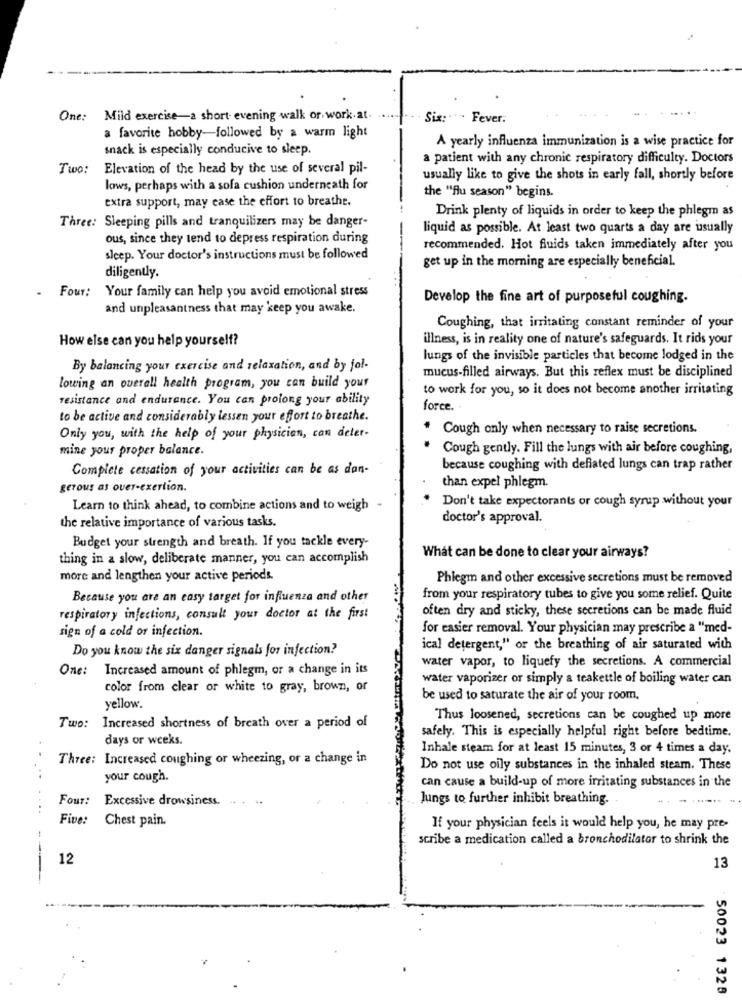
One: Mild exercise-a short- evening walk or work.at.
Six: ···· Fever.
a favorite hobby-followed by a warm light
A yearly influenza immunization is a wise practice for
snack is especially conducive to sleep.
a patient with any chronic respiratory difficulty. Doctors
Two:
Elevation of the head by the use of several pil-
usually like to give the shots in early fall, shortly before
lows, perhaps with a sofa cushion underneath for
the "flu season" begins.
extra support, may case the effort to breathe.
Three: Sleeping pills and tranquilizers may be danger-
Drink plenty of liquids in order to keep the phlegm as
liquid as possible. At least two quarts a day are usually
ous, since they tend to depress respiration during
recommended. Hot fluids taken immediately after you
Sleep. Your doctor's instructions must be followed
get up in the morning are especially beneficial.
diligently.
Four: Your family can help you avoid emotional stress
.
Develop the fine art of purposeful coughing.
and unpleasantness that may keep you awake.
Coughing, that irritating constant reminder of your
How else can you help yourself?
illness, is in reality one of nature's safeguards. It rids your
lungs of the invisible particles that become lodged in the
By balancing your exercise and relaxation, and by fol-
mucus-filled airways. But this reflex must be disciplined
lowing an overall health program, you can build your
to work for you, so it does not become another irritating
resistance and endurance. You can prolong your ability
force.
to be active and considerably lessen your effort to breathe.
Cough only when necessary to raise secretions.
Only you, with the help of your physician, can deter-
mine your proper balance.
* Cough gently. Fill the lungs with air before coughing,
Complete cessation of your activities can be as dan-
because coughing with deflated lungs can trap rather
gerous as over-exertion.
than expel phlegm.
Don't take expectorants or cough syrup without your
Learn to think ahead, to combine actions and to weigh
doctor's approval.
the relative importance of various tasks.
Budget your strength and breath. If you tackle every-
thing in a slow, deliberate manner, you can accomplish
What can be done to clear your airways?
more and lengthen your active periods.
Phlegm and other excessive secretions must be removed
Because you are an easy target for influenza and other
from your respiratory tubes to give you some relief. Quite
often dry and sticky, these secretions can be made fluid
respiratory infections, consult your doctor at the first
sign of a cold or infection.
for easier removal. Your physician may prescribe a "med-
Do you know the six danger signals for infection?
ical detergent," or the breathing of air saturated with
water vapor, to liquefy the secretions. A commercial
One: Increased amount of phlegm, or a change in its
water vaporizer or simply a teakettle of boiling water can
color from clear or white to gray, brown, or
be used to saturate the air of your room.
yellow.
Thus loosened, secretions can be coughed up more
Two: Increased shortness of breath over a period of
days or weeks.
safely. This is especially helpful right before bedtime.
Inhale steam for at least 15 minutes, 3 or 4 times a day.
Three: Increased coughing or wheezing, or a change in
Do not use oily substances in the inhaled steam. These
your cough.
can cause a build-up of more irritating substances in the
Four:
Excessive drowsiness.
Jungs to further inhibit breathing.
Five:
Chest pain.
If your physician feels it would help you, he may pre-
scribe a medication called a bronchodilator to shrink the
12
13
----
50023 1328